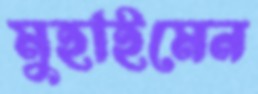
মুহাইমেন